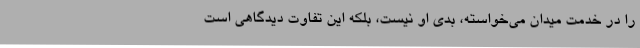
را در خدمت میدان می‌خواسته، بدی او نیست، بلکه این تفاوت دیدگاهی است